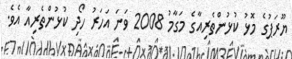
ޔޫރަޕުގެ މޮޅު ކުޅުންތެރިއާގެ މަގާމު 2008 ވަނަ އަހަރު ހޯދި ކުޅުންތެރިއާ އެވެ.